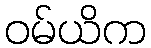
ဝမ်ယိက